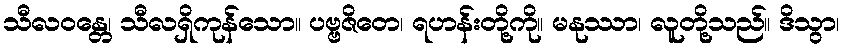
သီလဝန္တေ၊ သီလရှိကုန်သော။ ပဗ္ဗဇိတေ၊ ရဟန်းတို့ကို။ မနုဿာ၊ လူတို့သည်။ ဒိသွာ၊